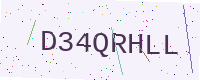
Text: D34QRHLL